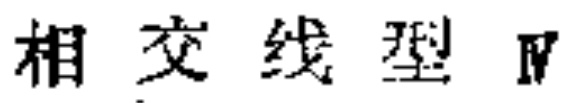
相交线型Ⅳ